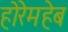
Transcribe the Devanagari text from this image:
होरेमहेब